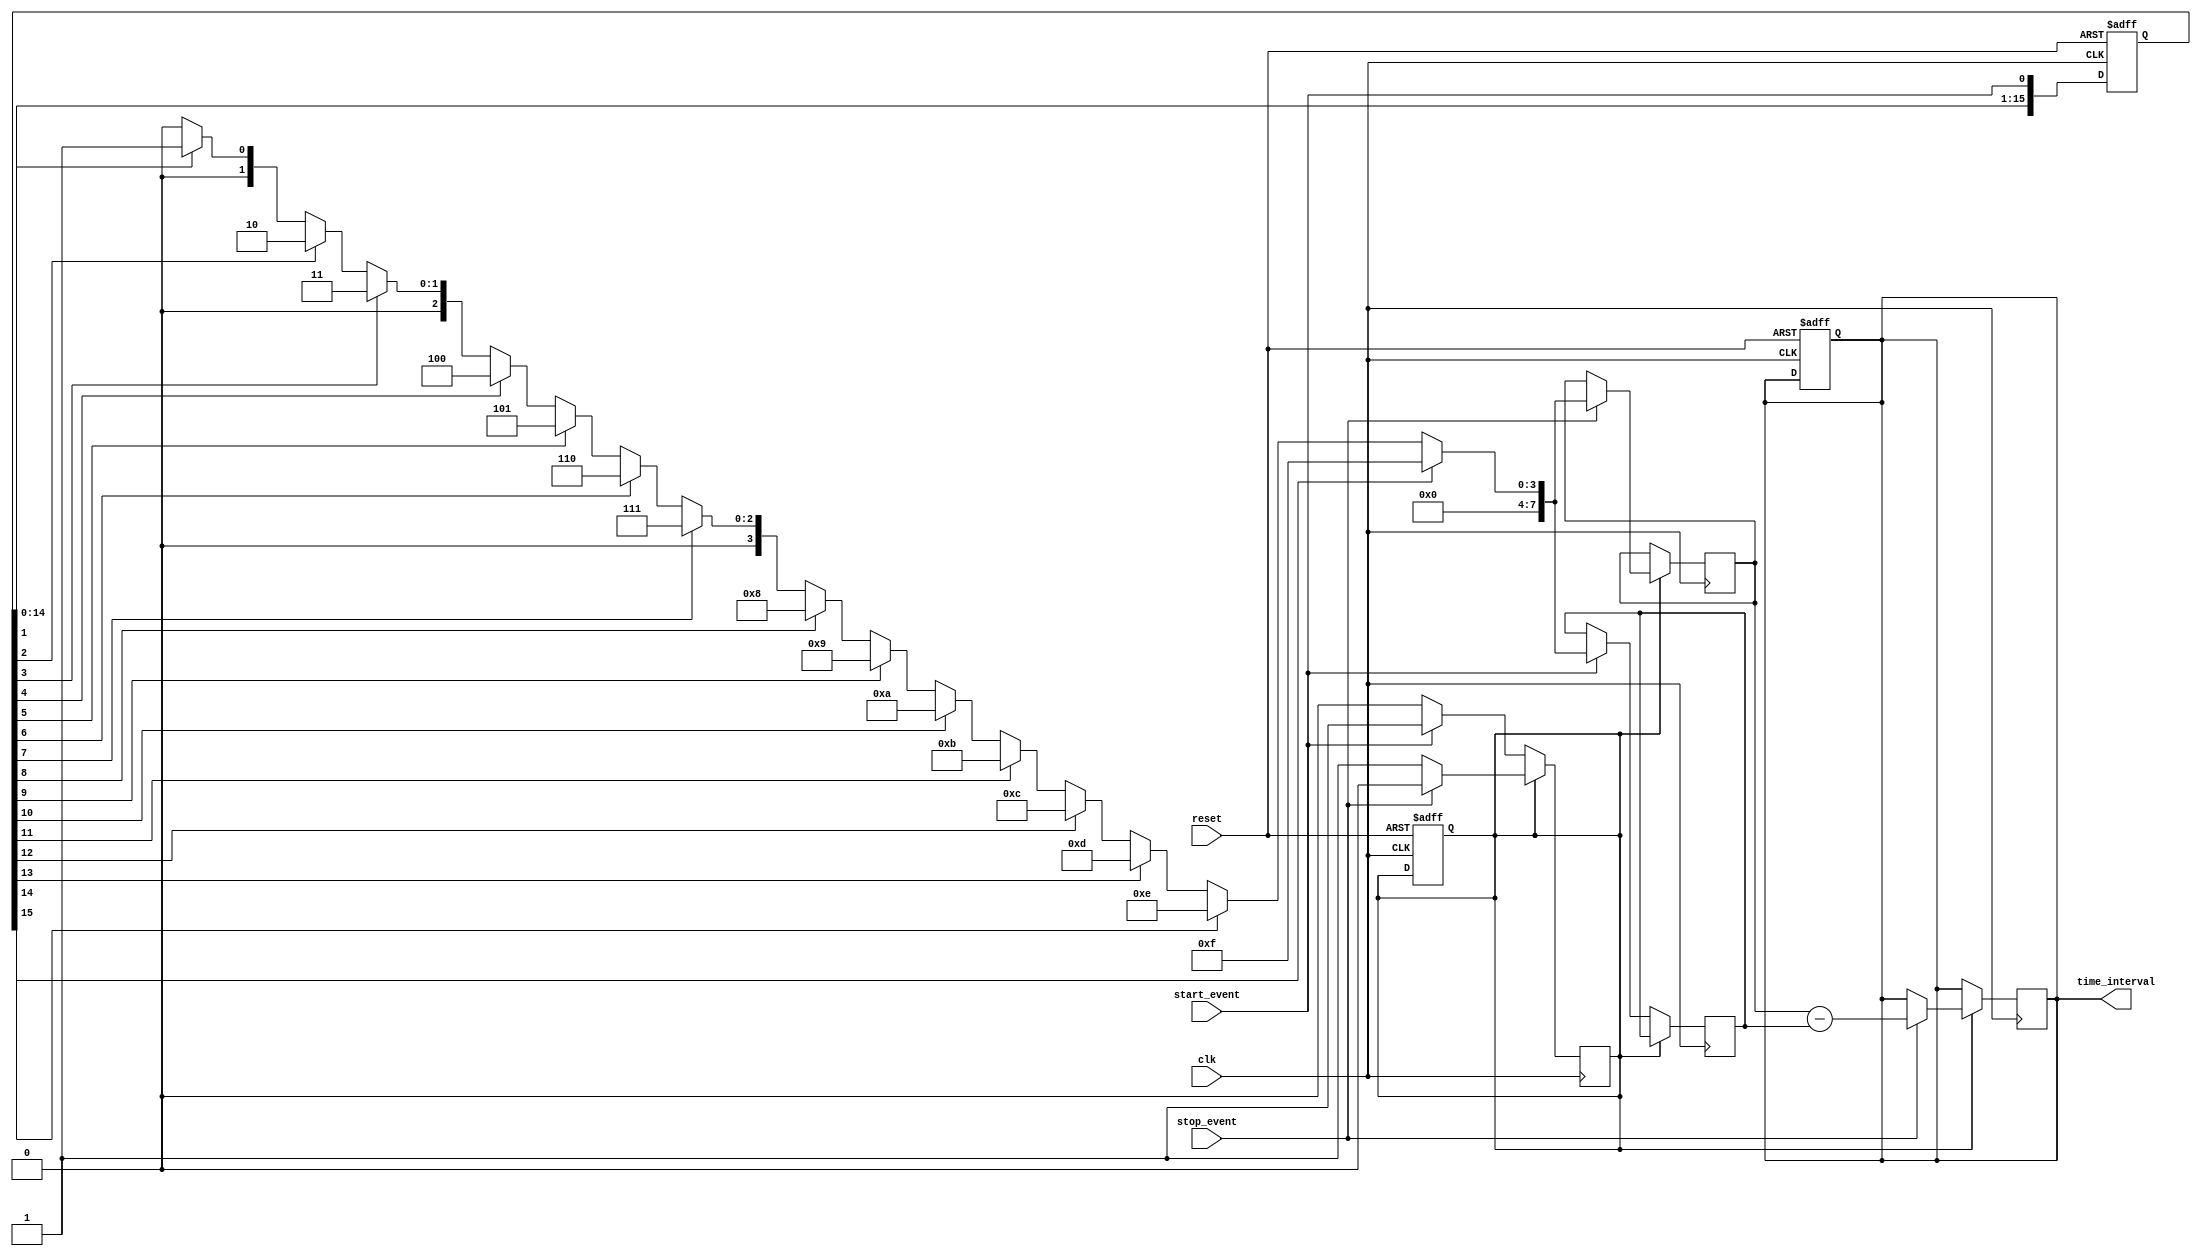
module TDC (
    input wire clk,               // Sampling clock
    input wire reset,             // Reset signal
    input wire start_event,       // Start event signal
    input wire stop_event,        // Stop event signal
    output reg [N-1:0] time_interval // Output time interval (N is the number of bits)
);

parameter N = 8; // Number of bits for the time interval output
parameter DELAY_STAGES = 16; // Number of delay stages in the delay line

// Delay line array
reg [DELAY_STAGES-1:0] delay_line;
reg [DELAY_STAGES-1:0] delay_output;

// Counter to hold the time interval
reg [N-1:0] start_index;
reg [N-1:0] stop_index;
reg [N-1:0] counter;

// Control logic
reg measuring;

// Initialize the delay line
integer i;
always @(posedge clk or posedge reset) begin
    if (reset) begin
        delay_line <= 0;
        measuring <= 0;
        time_interval <= 0;
        counter <= 0;
    end else begin
        // Shift the delay line
        delay_line <= {delay_line[DELAY_STAGES-2:0], start_event};
    end
end

// Comparator to detect the start and stop events
always @(posedge clk) begin
    if (measuring) begin
        // Detect stop event
        if (stop_event) begin
            stop_index <= 0;
            for (i = 0; i < DELAY_STAGES; i = i + 1) begin
                if (delay_line[i]) begin
                    stop_index <= i;
                end
            end
            // Calculate time interval
            time_interval <= stop_index - start_index;
            measuring <= 0; // Stop measuring
        end
    end else begin
        // Detect start event
        if (start_event) begin
            start_index <= 0;
            for (i = 0; i < DELAY_STAGES; i = i + 1) begin
                if (delay_line[i]) begin
                    start_index <= i;
                end
            end
            measuring <= 1; // Start measuring
        end
    end
end

endmodule